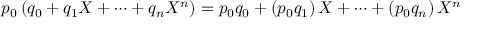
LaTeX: p _ { 0 } \left( q _ { 0 } + q _ { 1 } X + \dots + q _ { n } X ^ { n } \right) = p _ { 0 } q _ { 0 } + \left( p _ { 0 } q _ { 1 } \right) X + \cdots + \left( p _ { 0 } q _ { n } \right) X ^ { n }